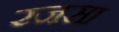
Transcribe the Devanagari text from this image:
रजसा